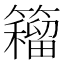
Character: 𰪡